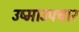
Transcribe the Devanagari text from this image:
उष्माउपचार